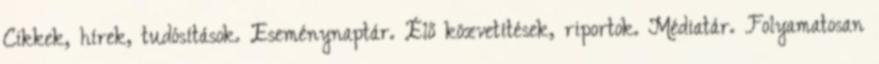
Cikkek, hírek, tudósítások. Eseménynaptár. Élő közvetítések, riportok. Médiatár. Folyamatosan